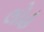
લોહ